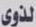
لذوى